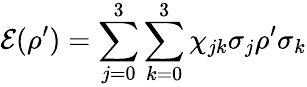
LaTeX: \mathcal{E}(\rho^{\prime})=\sum_{j=0}^{3}\sum_{k=0}^{3}\chi_{jk}\sigma_{j}\rho^{\prime}\sigma_{k}